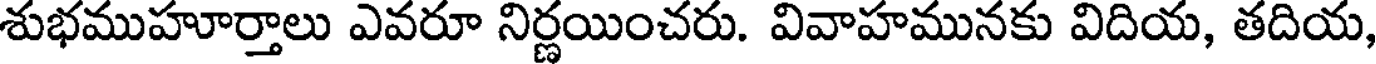
శుభముహూర్తాలు ఎవరూ నిర్ణయించరు. వివాహమునకు విదియ, తదియ,